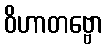
ဝိဟာတဗ္ဗော